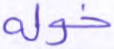
خوله